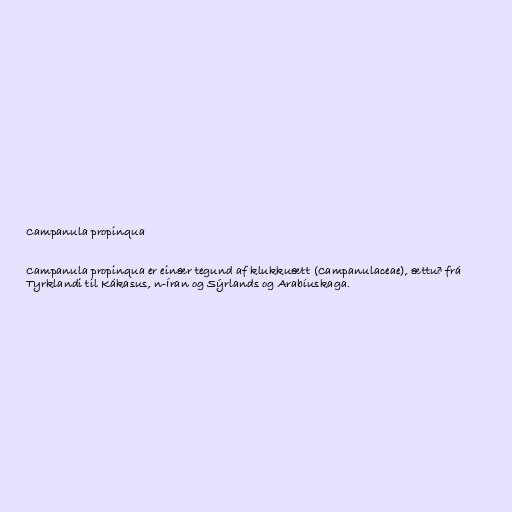
Campanula propinqua

Campanula propinqua er einær tegund af klukkuætt (Campanulaceae), ættuð frá
Tyrklandi til Kákasus, n-Íran og Sýrlands og Arabíuskaga.